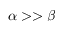
\alpha > > \beta